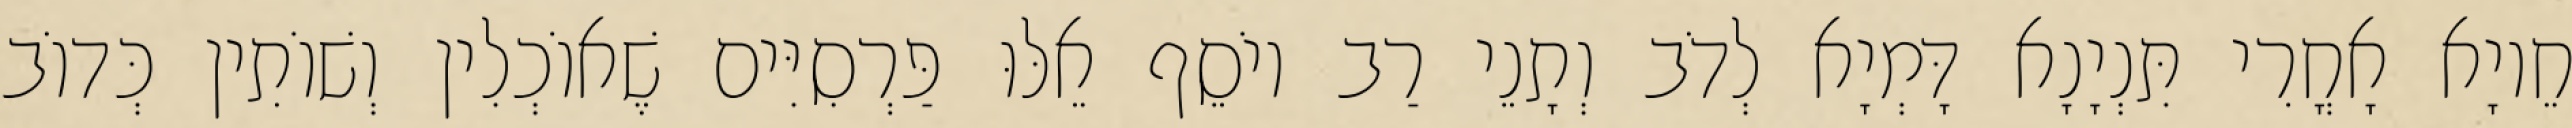
חֵיוָא אָחֳרִי תִּנְיָנָא דָּמְיָא לְדֹב וְתָנֵי רַב יוֹסֵף אֵלּוּ פַּרְסִיִּים שֶׁאוֹכְלִין וְשׁוֹתִין כְּדוֹב